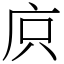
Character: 㡶